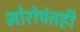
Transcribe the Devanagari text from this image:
मोरोपंतही